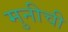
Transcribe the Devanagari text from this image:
मुनीची